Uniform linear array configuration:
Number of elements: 32
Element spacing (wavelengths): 0.75
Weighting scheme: cosine
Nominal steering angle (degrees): -60
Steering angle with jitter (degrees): -61.536
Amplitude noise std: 0.05
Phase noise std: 0.05

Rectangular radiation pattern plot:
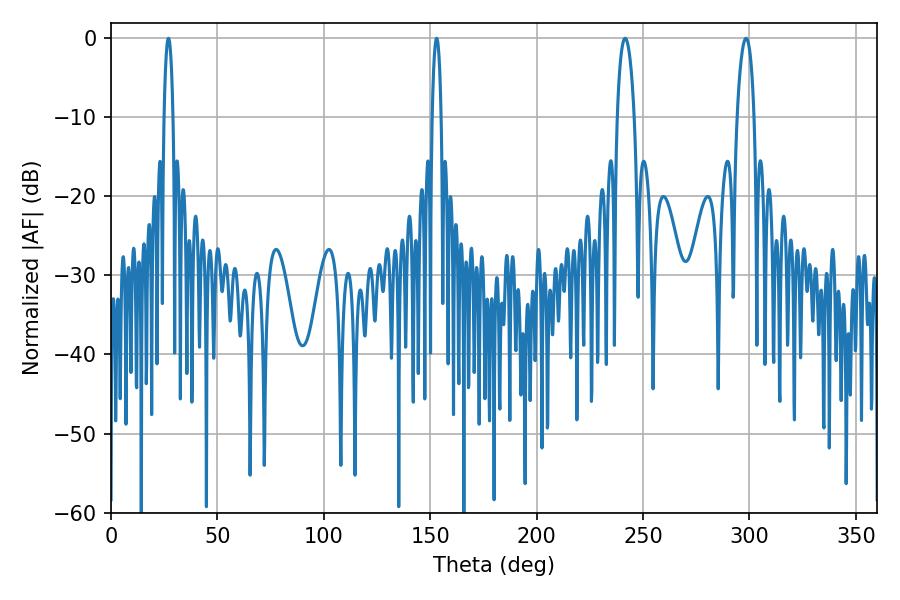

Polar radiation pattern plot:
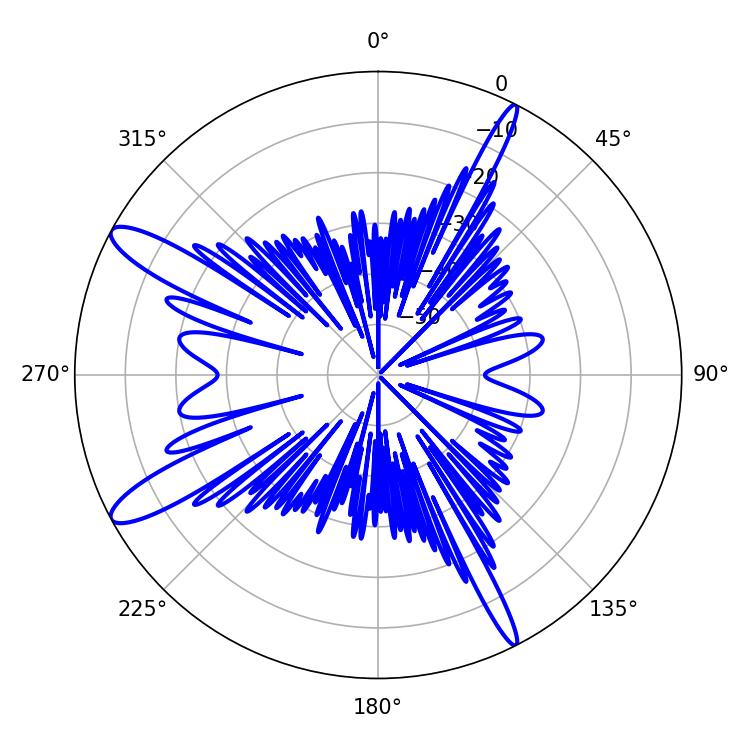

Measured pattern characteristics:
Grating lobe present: TRUE
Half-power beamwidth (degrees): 2.16
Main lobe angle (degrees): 27